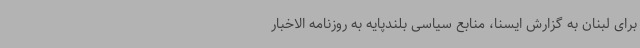
برای لبنان به گزارش ایسنا، منابع سیاسی بلندپایه به روزنامه الاخبار